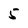
Character: 5